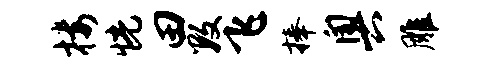
楼恍田数飞捧奥雕